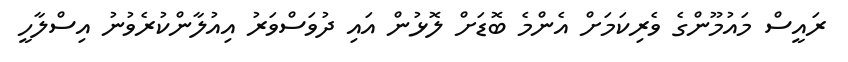
ރައީސް މައުމޫންގެ ވެރިކަމަށް އެންމެ ބޮޑަށް ލޮޅުން އައި ދުވަސްވަރު އިއުލާންކުރެވުނު އިސްލާހީ